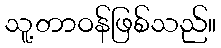
သူ့တာဝန်ဖြစ်သည်။